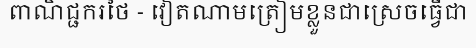
ពាណិជ្ជករថៃ - វៀតណាមត្រៀមខ្លួនជាស្រេចធ្វើជា